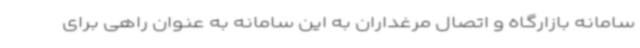
سامانه بازارگاه و اتصال مرغداران به این سامانه به عنوان راهی برای